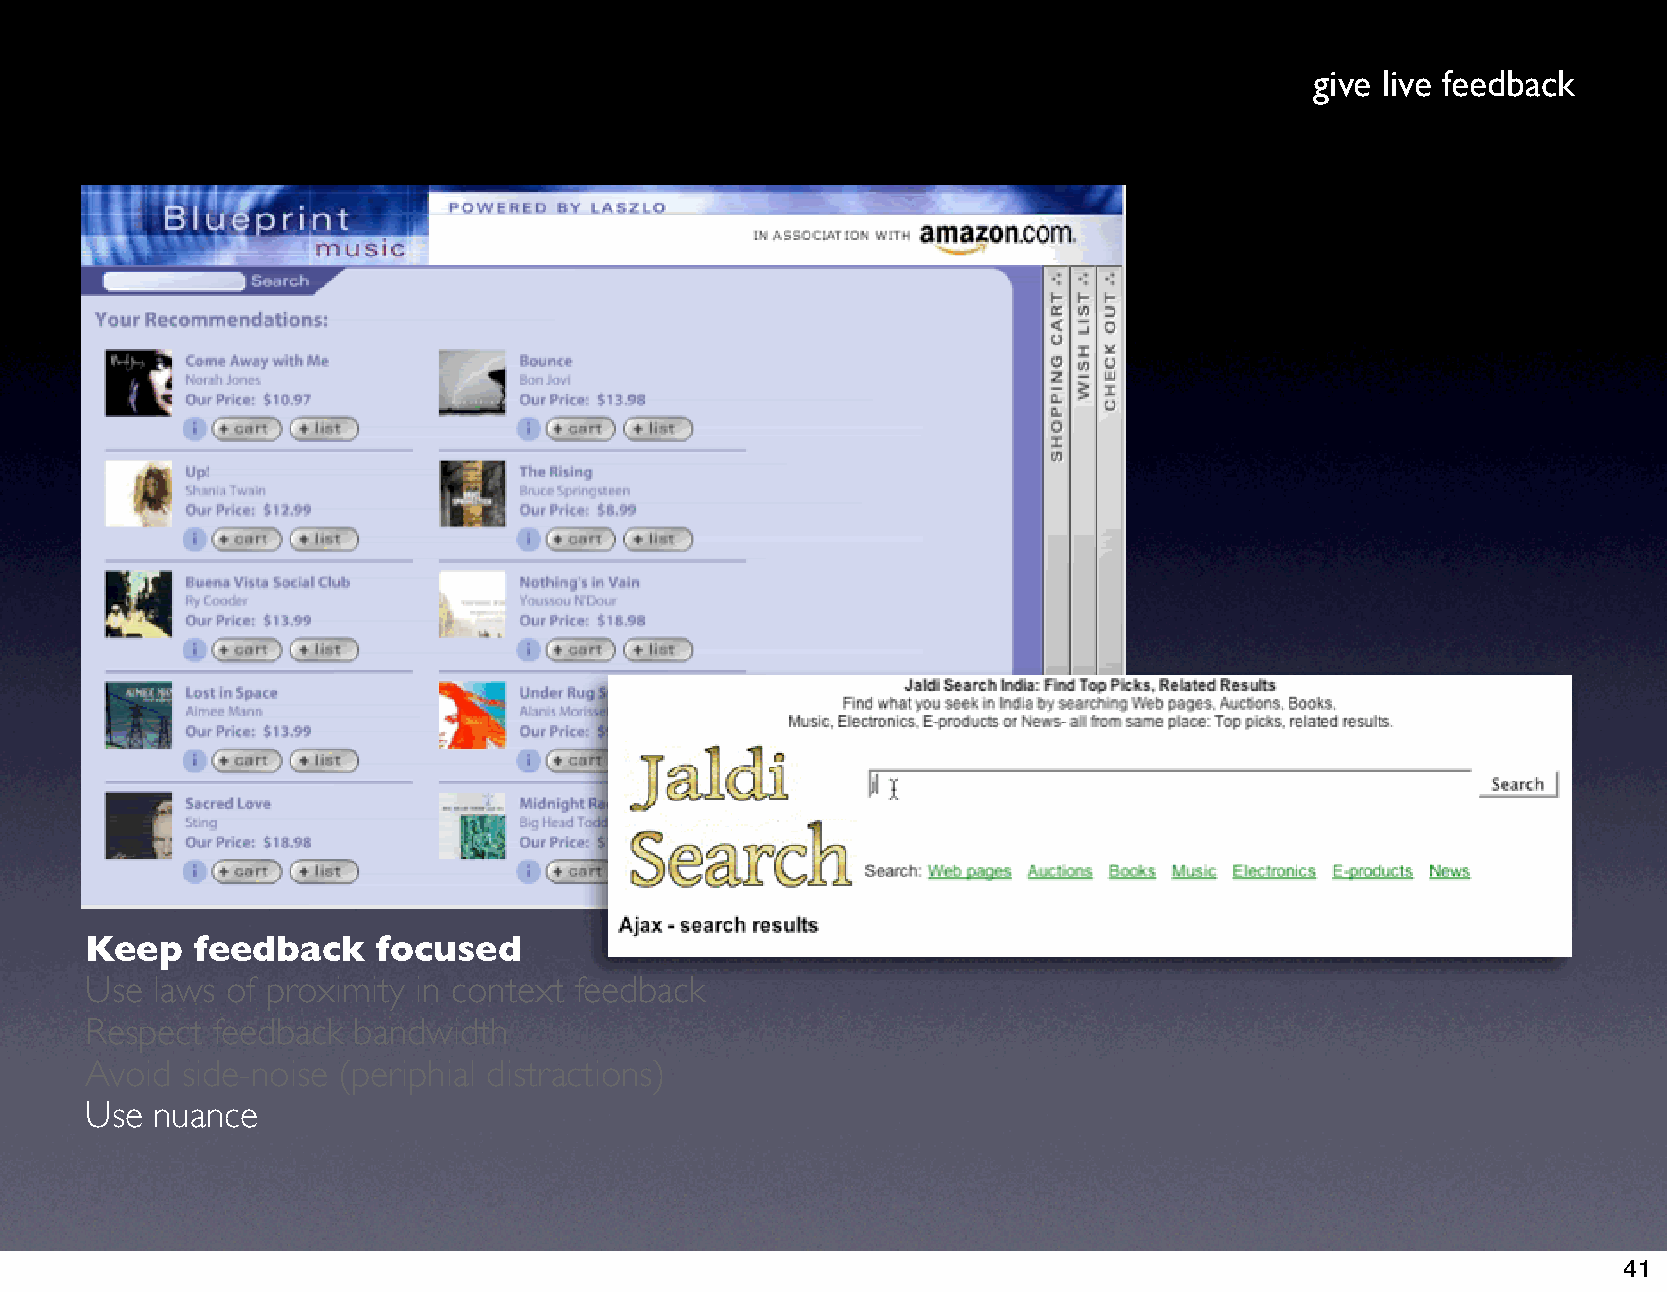
give live feedback
 Keep   feedback    focused
 Use laws of proximity in context feedback
 Respect feedback bandwidth
 Avoid side-noise (periphial distractions)
 Use nuance
 41